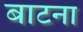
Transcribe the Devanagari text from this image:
बाटना